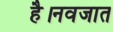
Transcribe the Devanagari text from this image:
है।नवजात